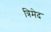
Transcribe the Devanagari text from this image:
त्रिमेद